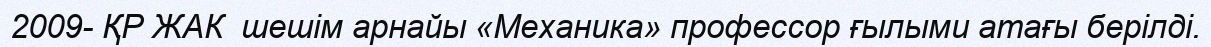
2009- ҚР ЖАК  шешім арнайы «Механика» профессор ғылыми атағы берілді.